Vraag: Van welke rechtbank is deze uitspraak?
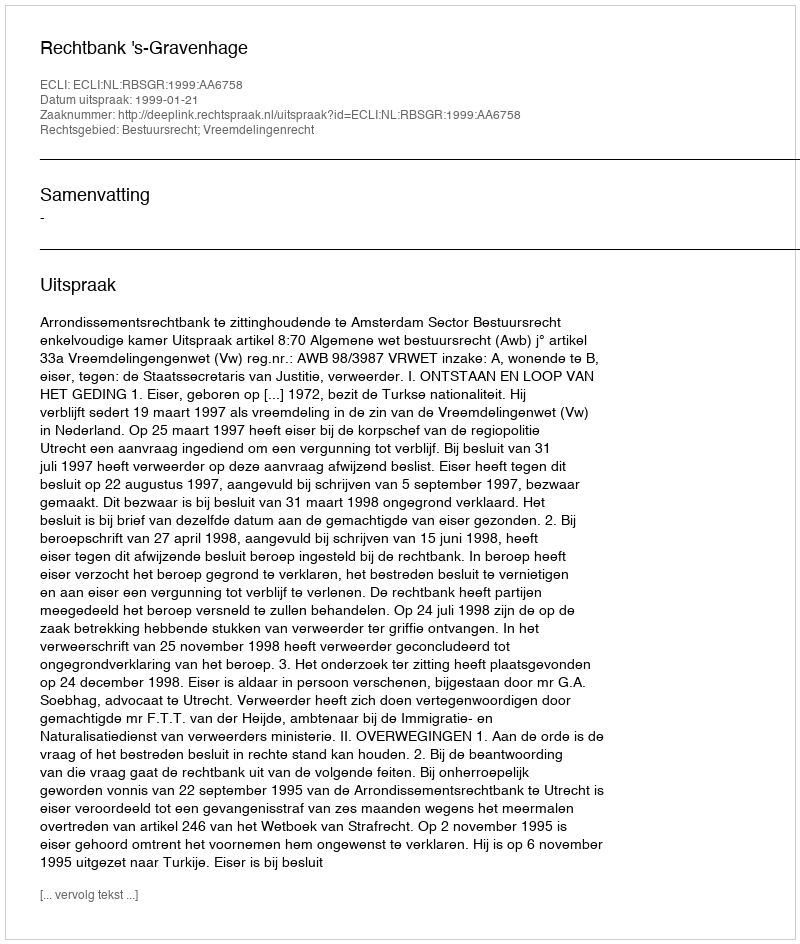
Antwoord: Rechtbank 's-Gravenhage